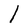
Character: l